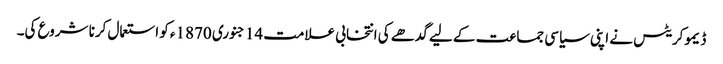
ڈیموکریٹس نے اپنی سیاسی جماعت کے لیے گدھے کی انتخابی علامت 14 جنوری 1870ء کو استعمال کرنا شروع کی۔